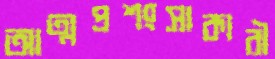
আত্মপ্রশংসাকারী